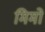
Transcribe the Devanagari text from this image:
मिमो